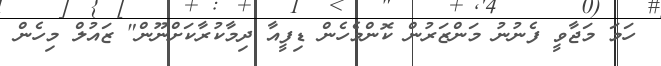
ހަމަ މަޖާވީ ފެނުނު މަންޒަރުން ކޮންމެހެން ޑިފީއާ ދިމާކުރާކަށްނޫން" ޒައުލް މިހެން